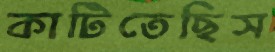
কাটিতেছিস